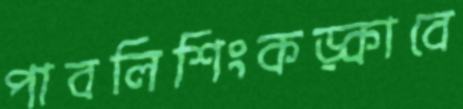
পাবলিশিংকড়্‌কাবে